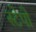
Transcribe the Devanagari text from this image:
स्टेपो